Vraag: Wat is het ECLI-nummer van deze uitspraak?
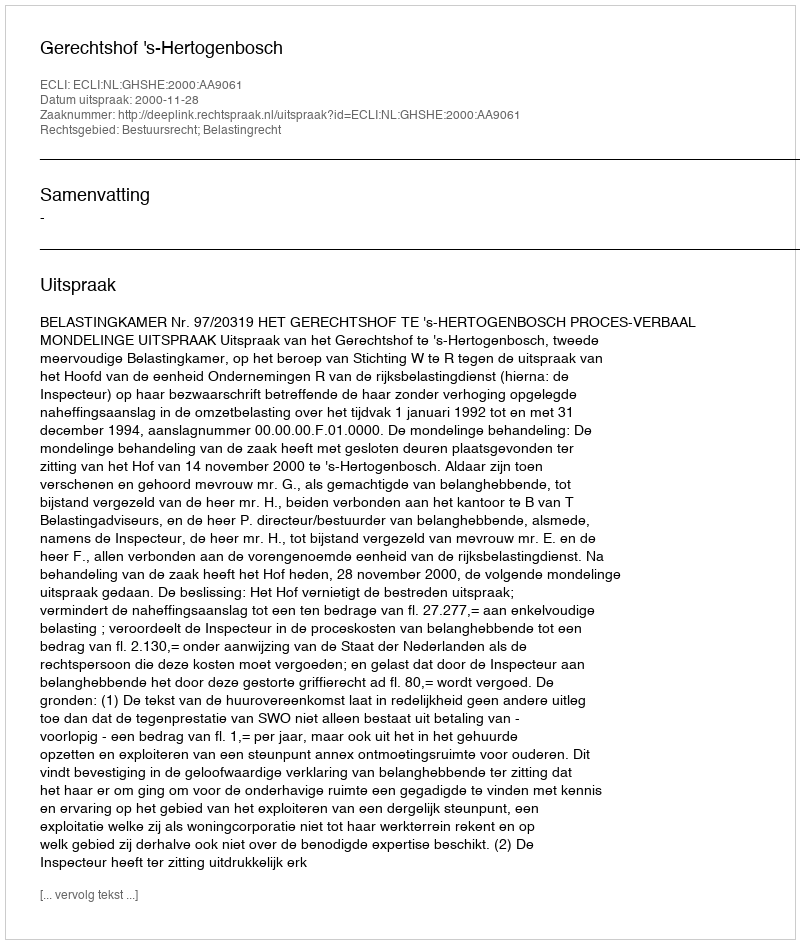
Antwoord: ECLI:NL:GHSHE:2000:AA9061